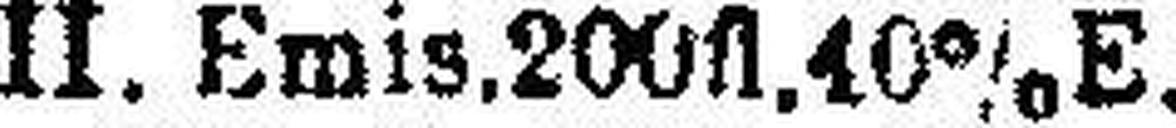
„ II. Emis. 200fl. 40% E.